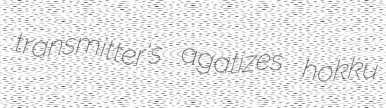
transmitter's agatizes hokku